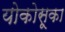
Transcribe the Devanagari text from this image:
योकोसूका